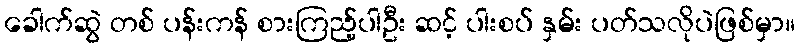
ခေါက်ဆွဲ တစ် ပန်းကန် စားကြည့်ပါဦး ဆင့် ပါးစပ် နှမ်း ပတ်သလိုပဲဖြစ်မှာ။